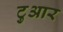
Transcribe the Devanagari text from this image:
टुआर